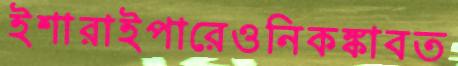
ইশারাইপারেওনিকঙ্কাবত